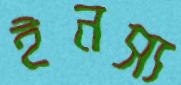
ইনস্য